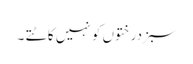
سبزدرختوں کو نہیں کاٹتے ۔